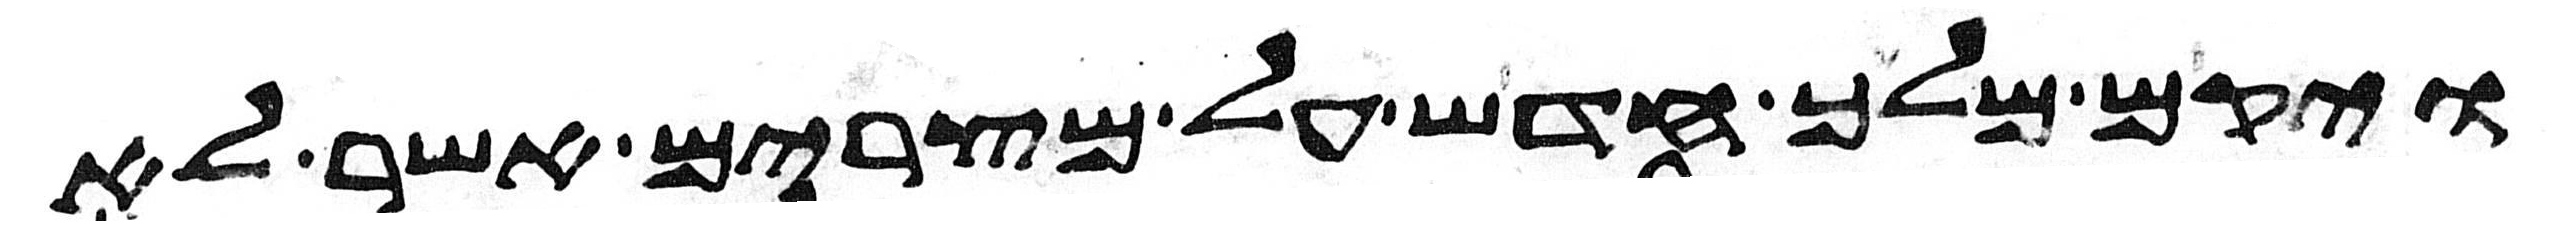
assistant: ויקם מלך חדש על מצרים אשר לא